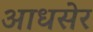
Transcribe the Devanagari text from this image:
आधसेर